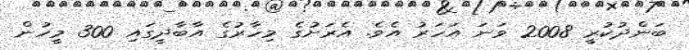
ބަންދުކުރީ 2008 ވަނަ އަަހަރު އެވެ. އެރަށުގެ މިހާރުގެ އާބާދީގައި 300 މީހުން